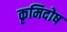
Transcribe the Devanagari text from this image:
कृमिदोष